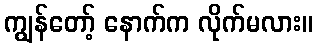
ကျွန်တော့် နောက်က လိုက်မလား။